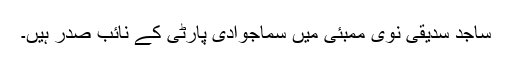
ساجد سدیقی نوی ممبئی میں سماجوادی پارٹی کے نائب صدر ہیں۔